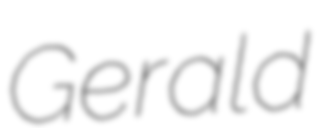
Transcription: Gerald